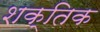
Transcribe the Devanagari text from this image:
शक्तिक